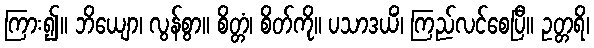
ကြား၍။ ဘိယျော၊ လွန်စွာ။ စိတ္တံ၊ စိတ်ကို။ ပသာဒယိံ၊ ကြည်လင်စေပြီ။ ဥတ္တရိ၊